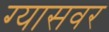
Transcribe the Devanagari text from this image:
ग्यासवर